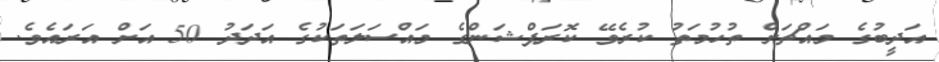
އަދީބުގެ މައްޗަށް ތުހުމަތު ކުރެވޭ ކޮރަޕްޝަންގެ މައްސަލަތަކުގެ އަދަދު 50 އަށް އަރައެވެ.